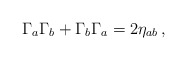
\begin{align*}\Gamma_a \Gamma_b + \Gamma_b \Gamma_a = 2\eta_{ab}\,,\end{align*}